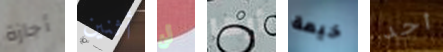
أجازة أثنين لن أيها خيمة أحد